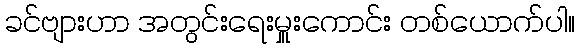
ခင်ဗျားဟာ အတွင်းရေးမှူးကောင်း တစ်ယောက်ပါ။